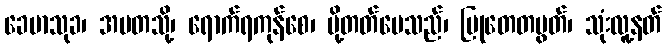
ခေမာသုခ၊ အမတသို့၊ ရောက်ရကုန်စေ၊ ပို့တတ်ပေသည်၊ မြုတေတမွတ်၊ သုံးလူ့နတ်